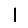
Digit: 1